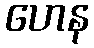
ဟေန